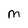
Character: M